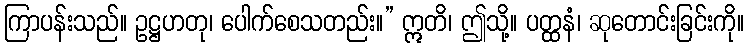
ကြာပန်းသည်။ ဥဋ္ဌဟတု၊ ပေါက်စေသတည်း။” ဣတိ၊ ဤသို့။ ပတ္ထနံ၊ ဆုတောင်းခြင်းကို။